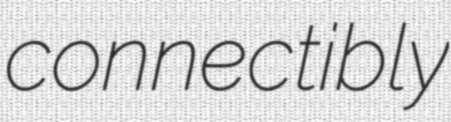
connectibly